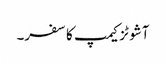
آشوٹزکیمپ کا سفر۔